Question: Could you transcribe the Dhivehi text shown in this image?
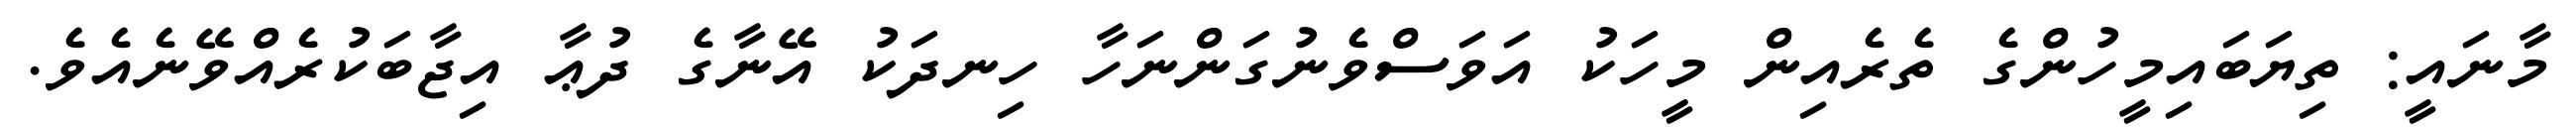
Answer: މާނައީ: ތިޔަބައިމީހުންގެ ތެރެއިން މީހަކު އަވަސްވެނުގަންނަހާ ހިނދަކު އޭނާގެ ދުޢާ އިޖާބަކުރެއްވޭނެއެވެ.